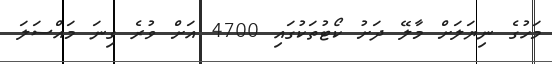
މަހުގެ ނިޔަލަށް މާލޭ ދަށު ކޯޓުތަކުގައި 4700 އަށް ވުރެ ގިނަ މައްސަލަ